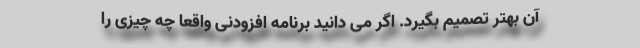
آن بهتر تصمیم بگیرد. اگر می دانید برنامه افزودنی واقعاً چه چیزی را